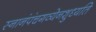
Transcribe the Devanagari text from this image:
स्नानंपंचगव्येनशुध्यति